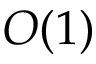
O ( 1 )